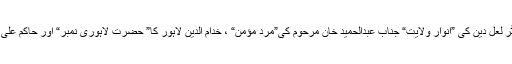
کتاب کی ترتیب وتالیف میں جن کتابوں سے استفادہ کیا گیا ہے ان میں ماسٹر لعل دین کی ”انوار ولایت“ جناب عبدالحمید خان مرحوم کی”مرد مؤمن“ ، خدام الدین لاہور کا” حضرت لاہوری نمبر“ اور حاکم علی مرحوم کی تالیف” حضرت لاہوری کے حیرت انگیز واقعات“ شامل ہیں۔